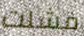
فشلت